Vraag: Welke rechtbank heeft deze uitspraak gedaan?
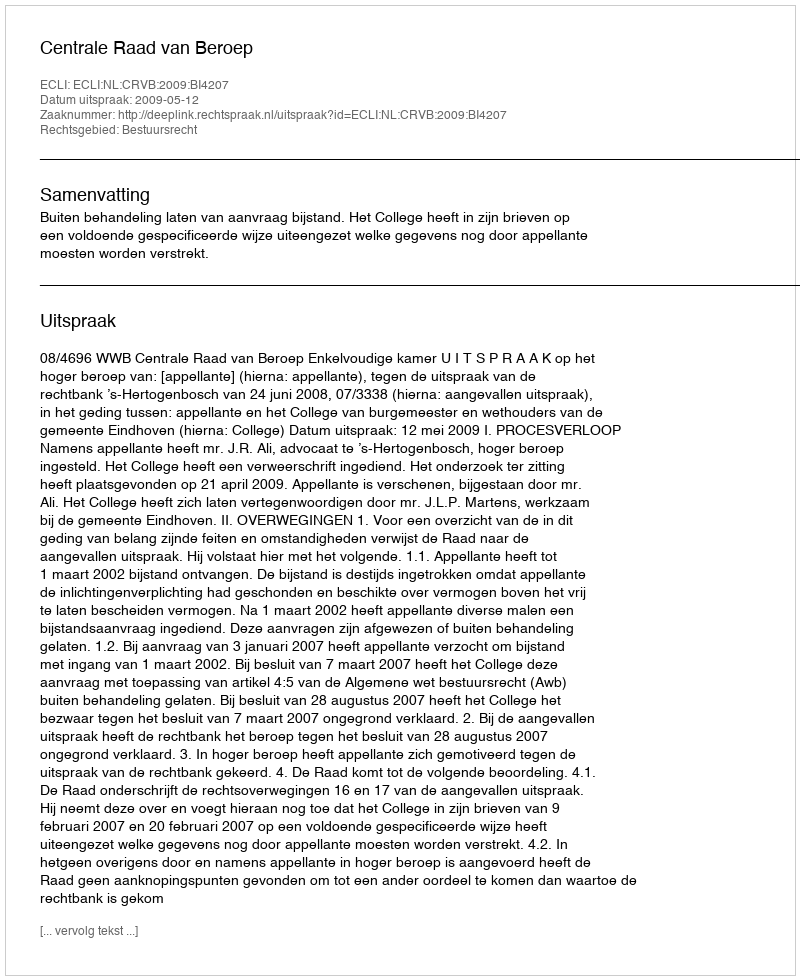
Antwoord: Centrale Raad van Beroep